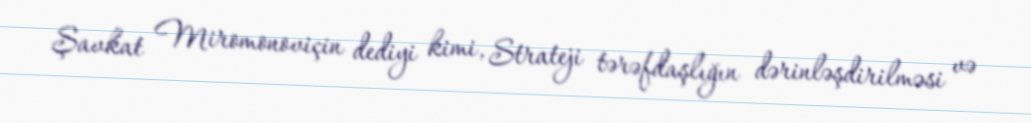
Şavkat Miromonoviçin dediyi kimi, Strateji tərəfdaşlığın dərinləşdirilməsi və